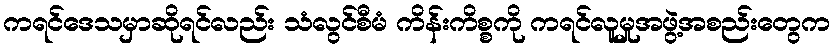
ကရင်ဒေသမှာဆိုရင်လည်း သံလွင်စီမံ ကိန်းကိစ္စကို ကရင်လူမှုအဖွဲ့အစည်းတွေက